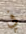
في